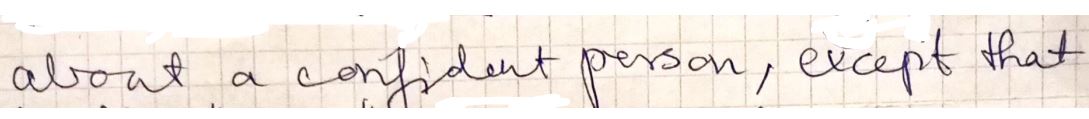
about a confident person, except that